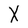
Character: X